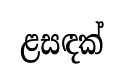
ළසඳක්